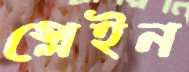
স্লেইন